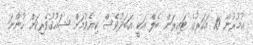
އުމުރުން 10 އަހަރުގެ ޓައިރަން ބެލް އަކީ އަބަދުވެސް ކިޔެވުމަށް ޝައުޤުވެރިކަން ހުންނަ